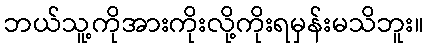
ဘယ်သူ့ကိုအားကိုးလို့ကိုးရမှန်းမသိဘူး။